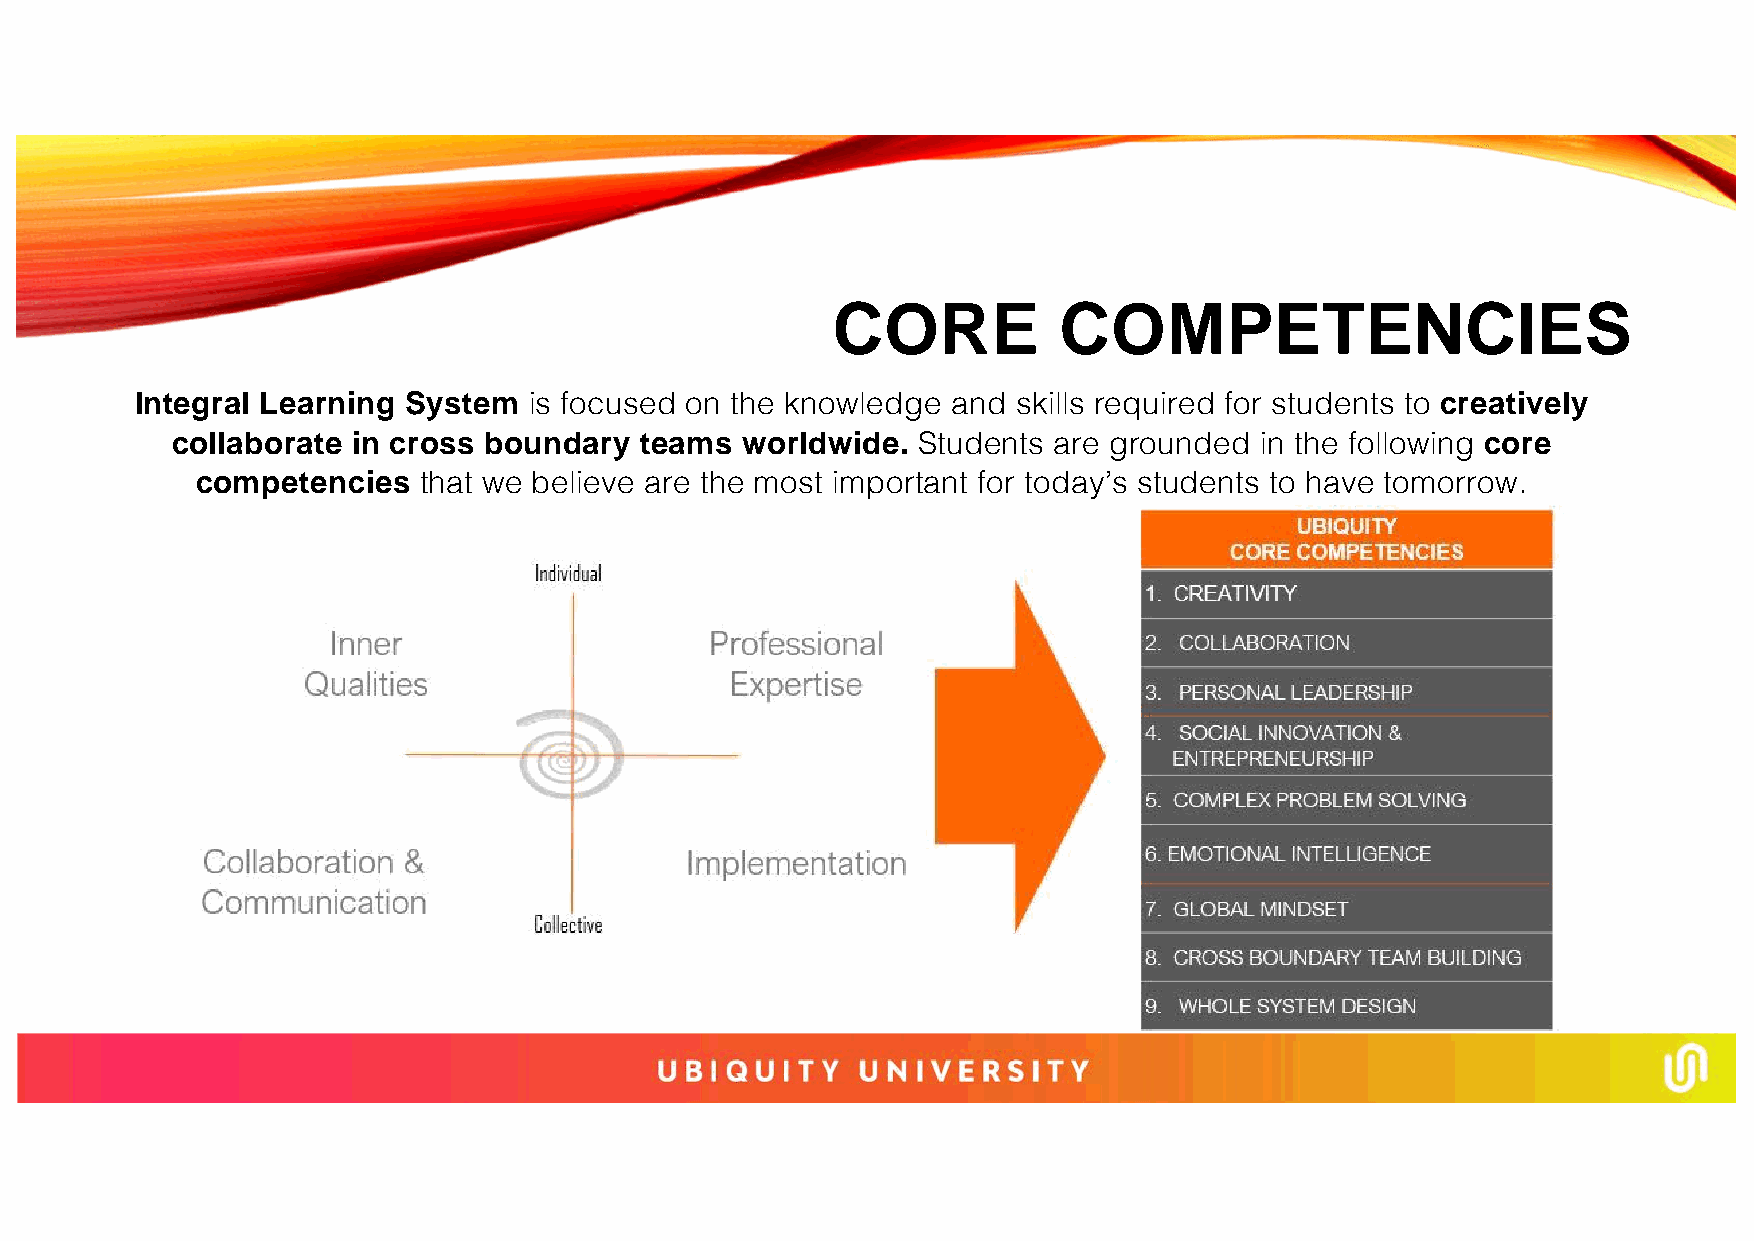
CORE           COMPETENCIES
 Integral Learning System  is focused on the knowledge and skills required for students to creatively
 collaborate in cross boundary  teams  worldwide.  Students are grounded in the following core
 competencies   that we believe are the most important for today’s students to have tomorrow.